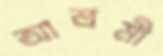
আশ্রমী